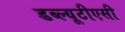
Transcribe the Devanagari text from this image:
डब्ल्यूटीएसी